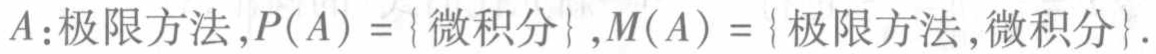
$A:极限方法,P(A)=\{微积分\},M(A)=\{极限方法,微积分\}.$